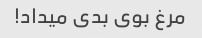
مرغ بوی بدی میداد!